Insane asylums Bombay 1873-77 - 1873-1877
Year: 1873
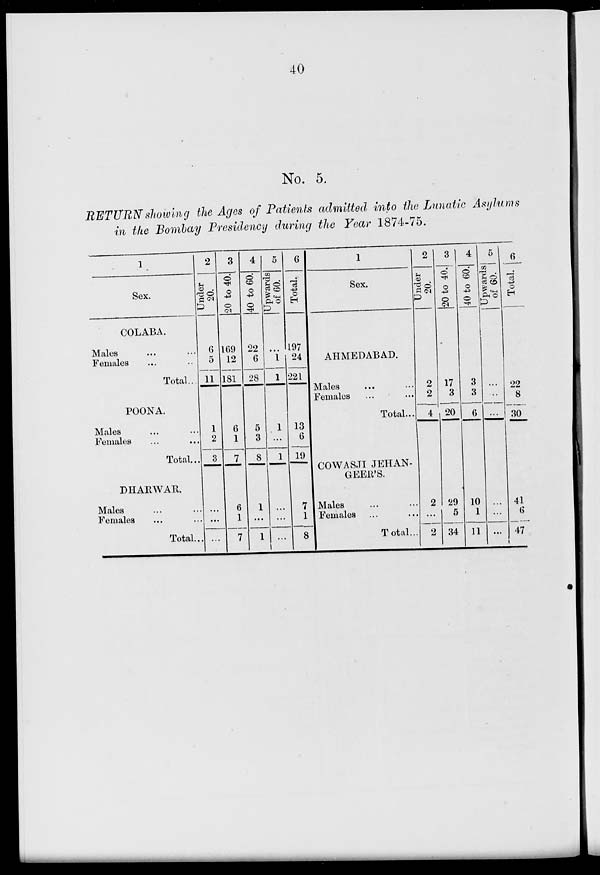
40
No. 5.
RETURN showing the Ages of Patients admitted into the Lunatic Asylums
in the Bombay Presidency during the Year 1874-75.
1
Sex.
COLABA.
Males ... ...
Females ... ...
Total...
POONA.
Males ... ...
Females ... ...
Total...
DHARWAR.
Males ... ...
Females ... ...
Total...
2
Under
20.
6
5
11
1
2
3
...
...
...
3
20 to 40.
169
12
181
6
1
7
6
1
7
4
40 to 60.
22
6
28
5
3
8
1
...
1
5
Upwards
of 60.
...
1
1
1
...
1
...
...
...
6
Total.
197
24
221
13
6
19
7
1
8
1
Sex.
AHMEDABAD.
Males ... ...
Females ... ...
Total...
COWASJI JEHAN-
GEER'S.
Males ... ...
Females ... ...
Total...
2
Under
20.
2
2
4
2
...
2
3
20 to 40.
17
3
20
29
5
34
4
40 to 60.
3
3
6
10
1
11
5
Upwards
of 60.
...
...
...
...
...
...
6
Total.
22
8
30
41
6
47